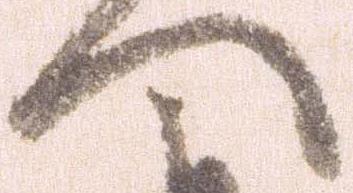
へ